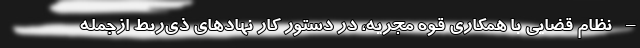
– نظام قضایی با همکاری قوه مجریه، در دستور کار نهادهای ذی‌ربط ازجمله